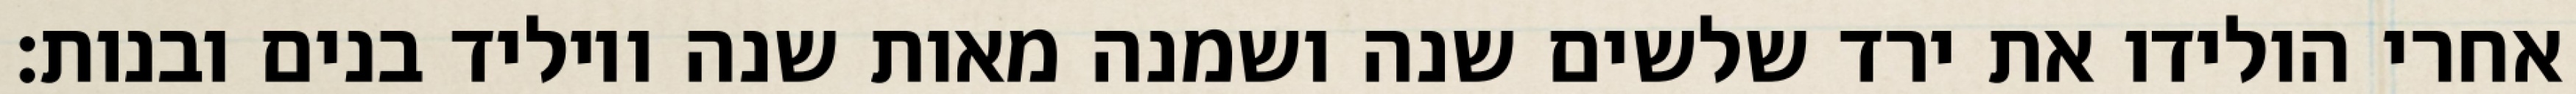
אחרי הולידו את ירד שלשים שנה ושמנה מאות שנה ויוליד בנים ובנות׃